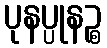
ပုနပ္ပုနဉ္စ